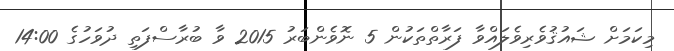
މިކަމަށް ޝައުޤުވެރިވެލައްވާ ފަރާތްތަކުން 5 ނޮވެންބަރު 2015 ވާ ބުރާސްފަތި ދުވަހުގެ 14:00